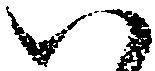
い